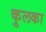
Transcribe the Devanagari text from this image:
कुलका